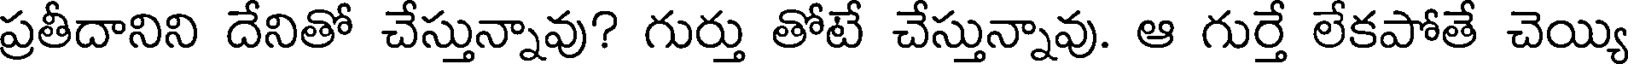
ప్రతీదానిని దేనితో చేస్తున్నావు? గుర్తు తోటే చేస్తున్నావు. ఆ గుర్తే లేకపోతే చెయ్యి